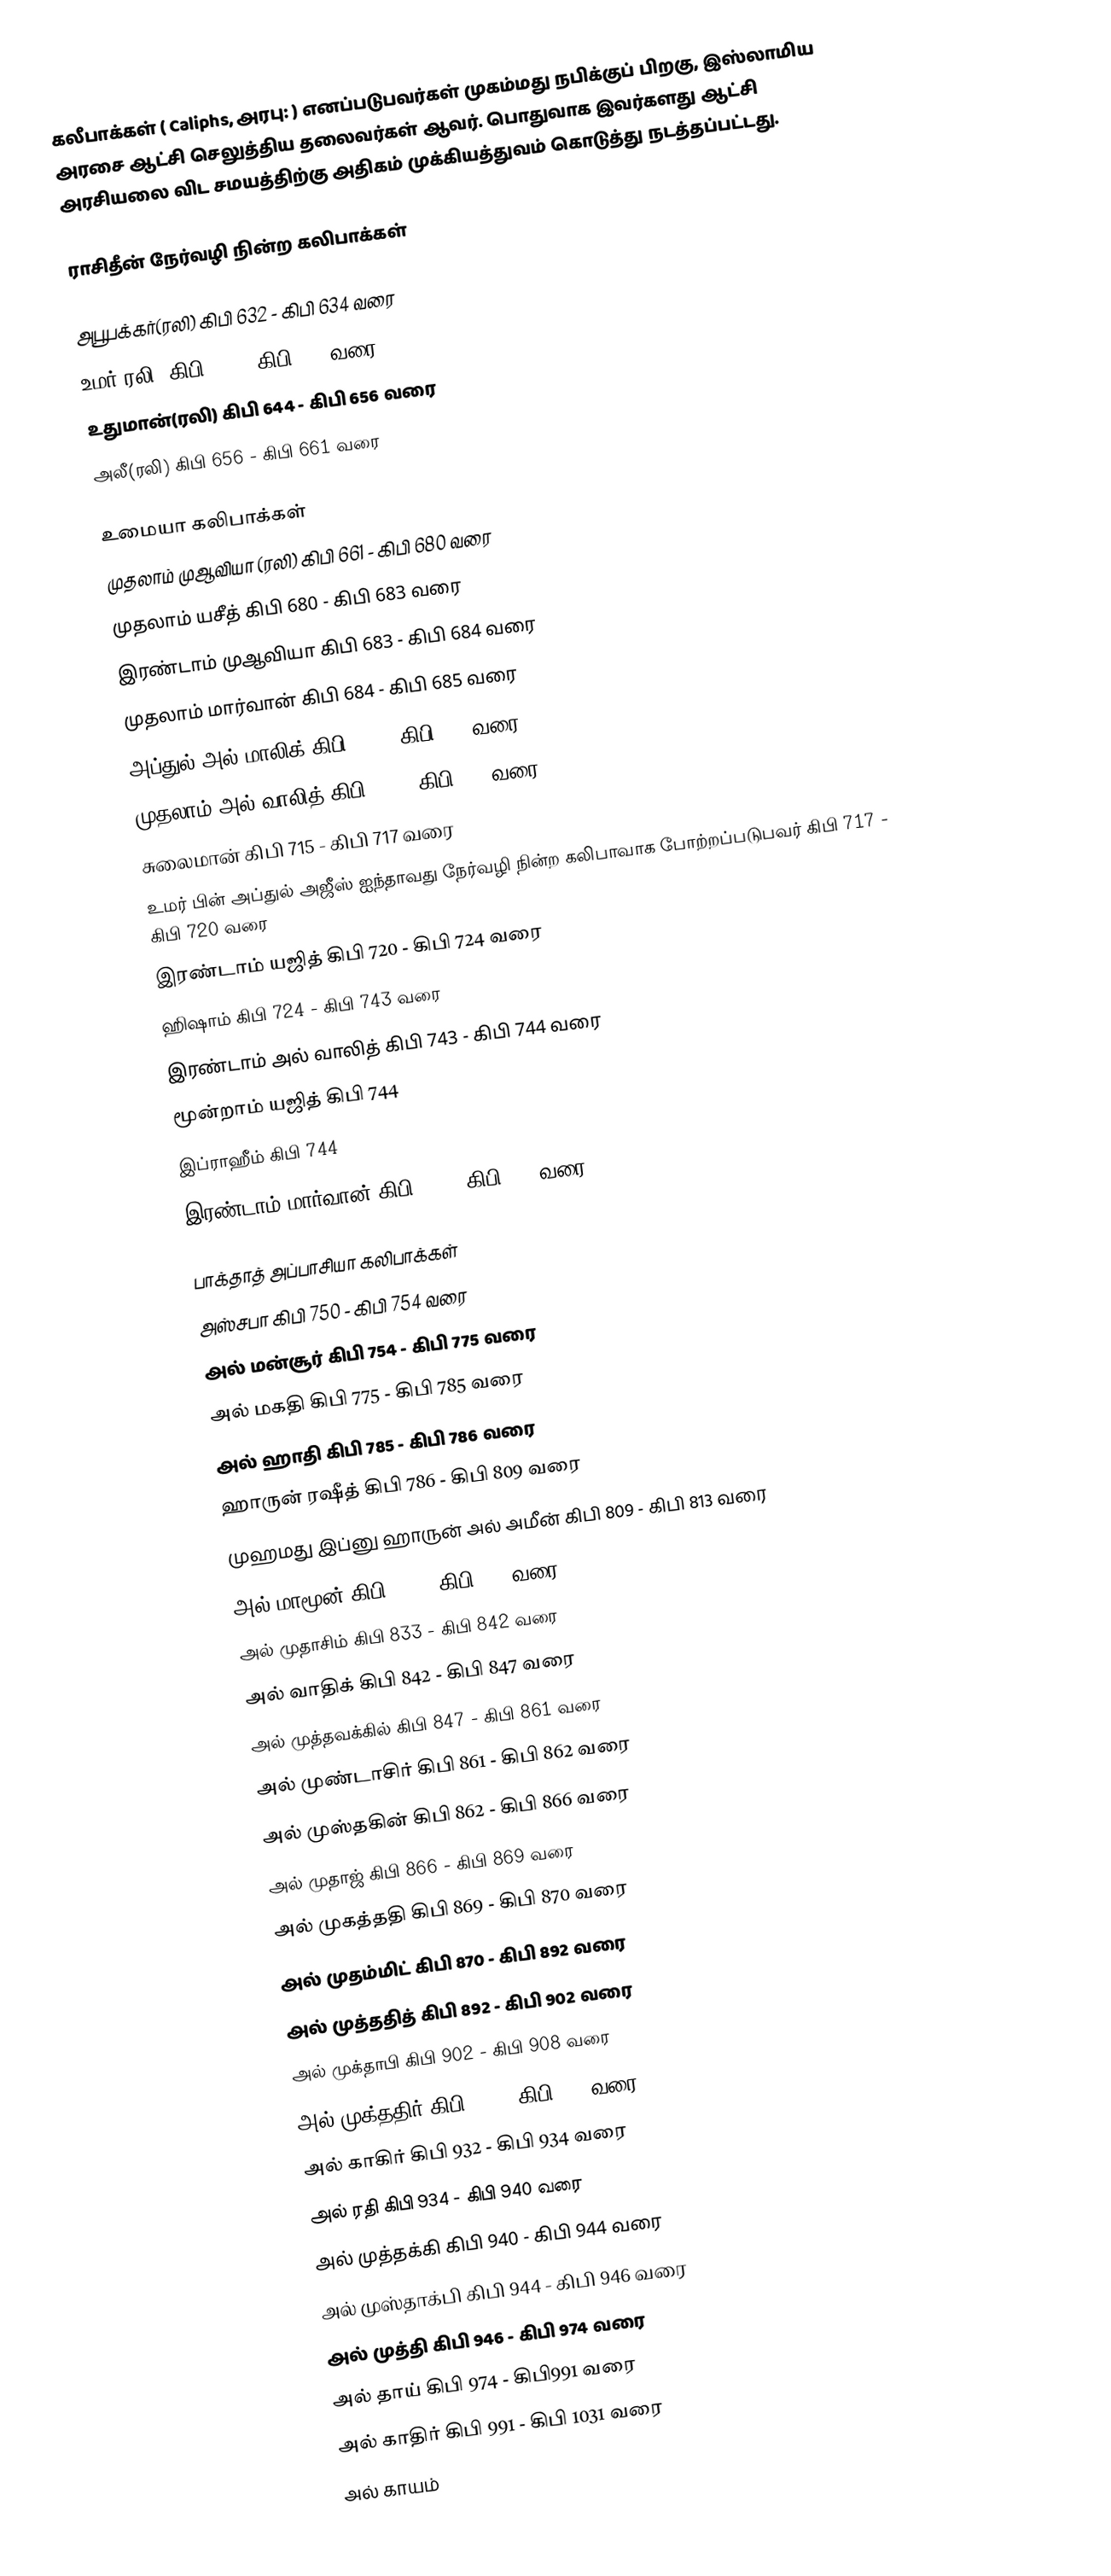
கலீபாக்கள் ( Caliphs, அரபு: )  எனப்படுபவர்கள் முகம்மது நபிக்குப் பிறகு, இஸ்லாமிய அரசை ஆட்சி செலுத்திய தலைவர்கள் ஆவர். பொதுவாக இவர்களது ஆட்சி அரசியலை விட சமயத்திற்கு அதிகம் முக்கியத்துவம் கொடுத்து நடத்தப்பட்டது.

ராசிதீன் நேர்வழி நின்ற கலிபாக்கள்

 அபூபக்கர்(ரலி) கிபி 632 - கிபி 634 வரை
 உமர்(ரலி) கிபி 634 - கிபி 644 வரை
 உதுமான்(ரலி) கிபி 644 - கிபி 656 வரை
 அலீ(ரலி) கிபி 656 - கிபி 661 வரை

உமையா கலிபாக்கள்
 முதலாம் முஆவியா (ரலி) கிபி 661 - கிபி 680 வரை
 முதலாம் யசீத்  கிபி 680 - கிபி 683 வரை
 இரண்டாம் முஆவியா கிபி 683 - கிபி 684 வரை
 முதலாம் மார்வான் கிபி 684 - கிபி 685 வரை
 அப்துல் அல் மாலிக் கிபி 685 - கிபி 705 வரை
 முதலாம் அல் வாலித் கிபி 705 - கிபி 715 வரை
 சுலைமான் கிபி 715 - கிபி 717 வரை
 உமர் பின் அப்துல் அஜீஸ்  ஐந்தாவது நேர்வழி நின்ற  கலிபாவாக  போற்றப்படுபவர் கிபி 717 - கிபி 720 வரை
 இரண்டாம் யஜித் கிபி 720 - கிபி 724 வரை
 ஹிஷாம் கிபி 724 - கிபி 743 வரை
 இரண்டாம் அல் வாலித் கிபி 743 - கிபி 744 வரை
 மூன்றாம் யஜித் கிபி 744
 இப்ராஹீம் கிபி 744
 இரண்டாம் மார்வான் கிபி 744 - கிபி 750 வரை

பாக்தாத் அப்பாசியா கலிபாக்கள்
 அஸ்சபா கிபி 750 - கிபி 754 வரை
 அல் மன்சூர் கிபி 754 - கிபி 775 வரை
 அல் மகதி கிபி 775 - கிபி 785 வரை
 அல் ஹாதி கிபி 785 - கிபி 786 வரை
 ஹாருன் ரஷீத் கிபி 786 - கிபி 809 வரை
 முஹமது இப்னு ஹாருன் அல் அமீன் கிபி 809 - கிபி 813 வரை
 அல் மாமூன் கிபி 813 - கிபி 833 வரை
 அல் முதாசிம் கிபி 833 - கிபி 842 வரை
 அல் வாதிக் கிபி 842 - கிபி 847 வரை
 அல் முத்தவக்கில் கிபி 847 - கிபி 861 வரை
 அல் முண்டாசிர் கிபி 861 - கிபி 862 வரை
 அல் முஸ்தகின் கிபி 862 - கிபி 866 வரை
 அல் முதாஜ் கிபி 866 - கிபி 869 வரை
 அல் முகத்ததி கிபி 869 - கிபி 870 வரை
 அல் முதம்மிட் கிபி 870 - கிபி 892 வரை
 அல் முத்ததித் கிபி 892 - கிபி 902 வரை
 அல் முக்தாபி கிபி 902 - கிபி 908 வரை
 அல் முக்ததிர் கிபி 908 - கிபி 932 வரை
 அல் காகிர் கிபி 932 - கிபி 934 வரை
 அல் ரதி கிபி 934 - கிபி 940 வரை
 அல் முத்தக்கி கிபி 940 - கிபி 944 வரை
 அல் முஸ்தாக்பி கிபி 944 - கிபி 946 வரை
 அல் முத்தி கிபி 946 - கிபி 974 வரை
 அல் தாய் கிபி 974 - கிபி991 வரை
 அல் காதிர் கிபி 991 - கிபி 1031 வரை
 அல் காயம்